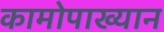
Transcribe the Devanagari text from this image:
कामोपाख्यान